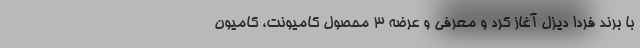
با برند فردا دیزل آغاز کرد و معرفی و عرضه 3 محصول کامیونت، کامیون